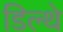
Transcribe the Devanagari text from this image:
डिल्थे